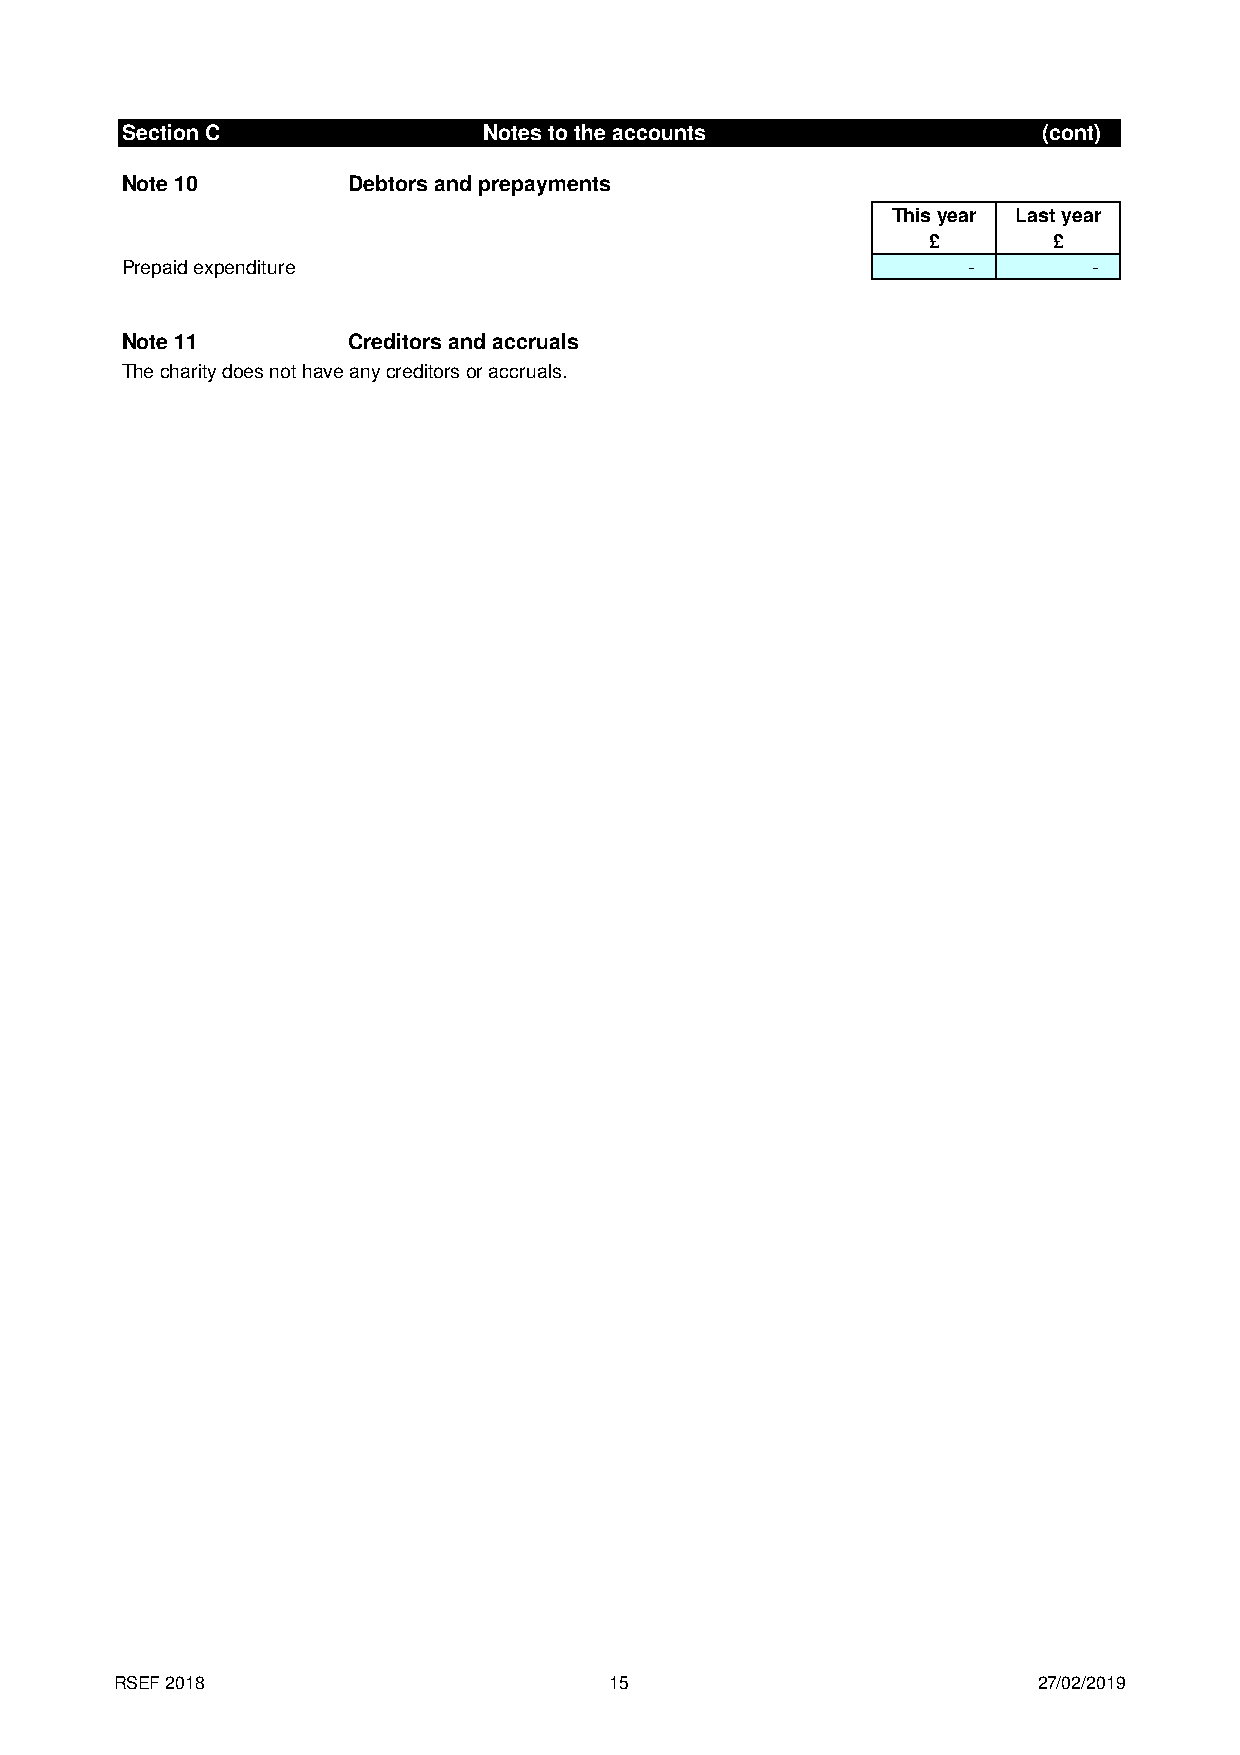
Section C               Notes to the accounts                (cont)
 Note 10        Debtors and prepayments
 This year Last year
 £       £
 Prepaid expenditure                                     -       -
 Note 11        Creditors and accruals
 The charity does not have any creditors or accruals.
 RSEF 2018                       15                           27/02/2019